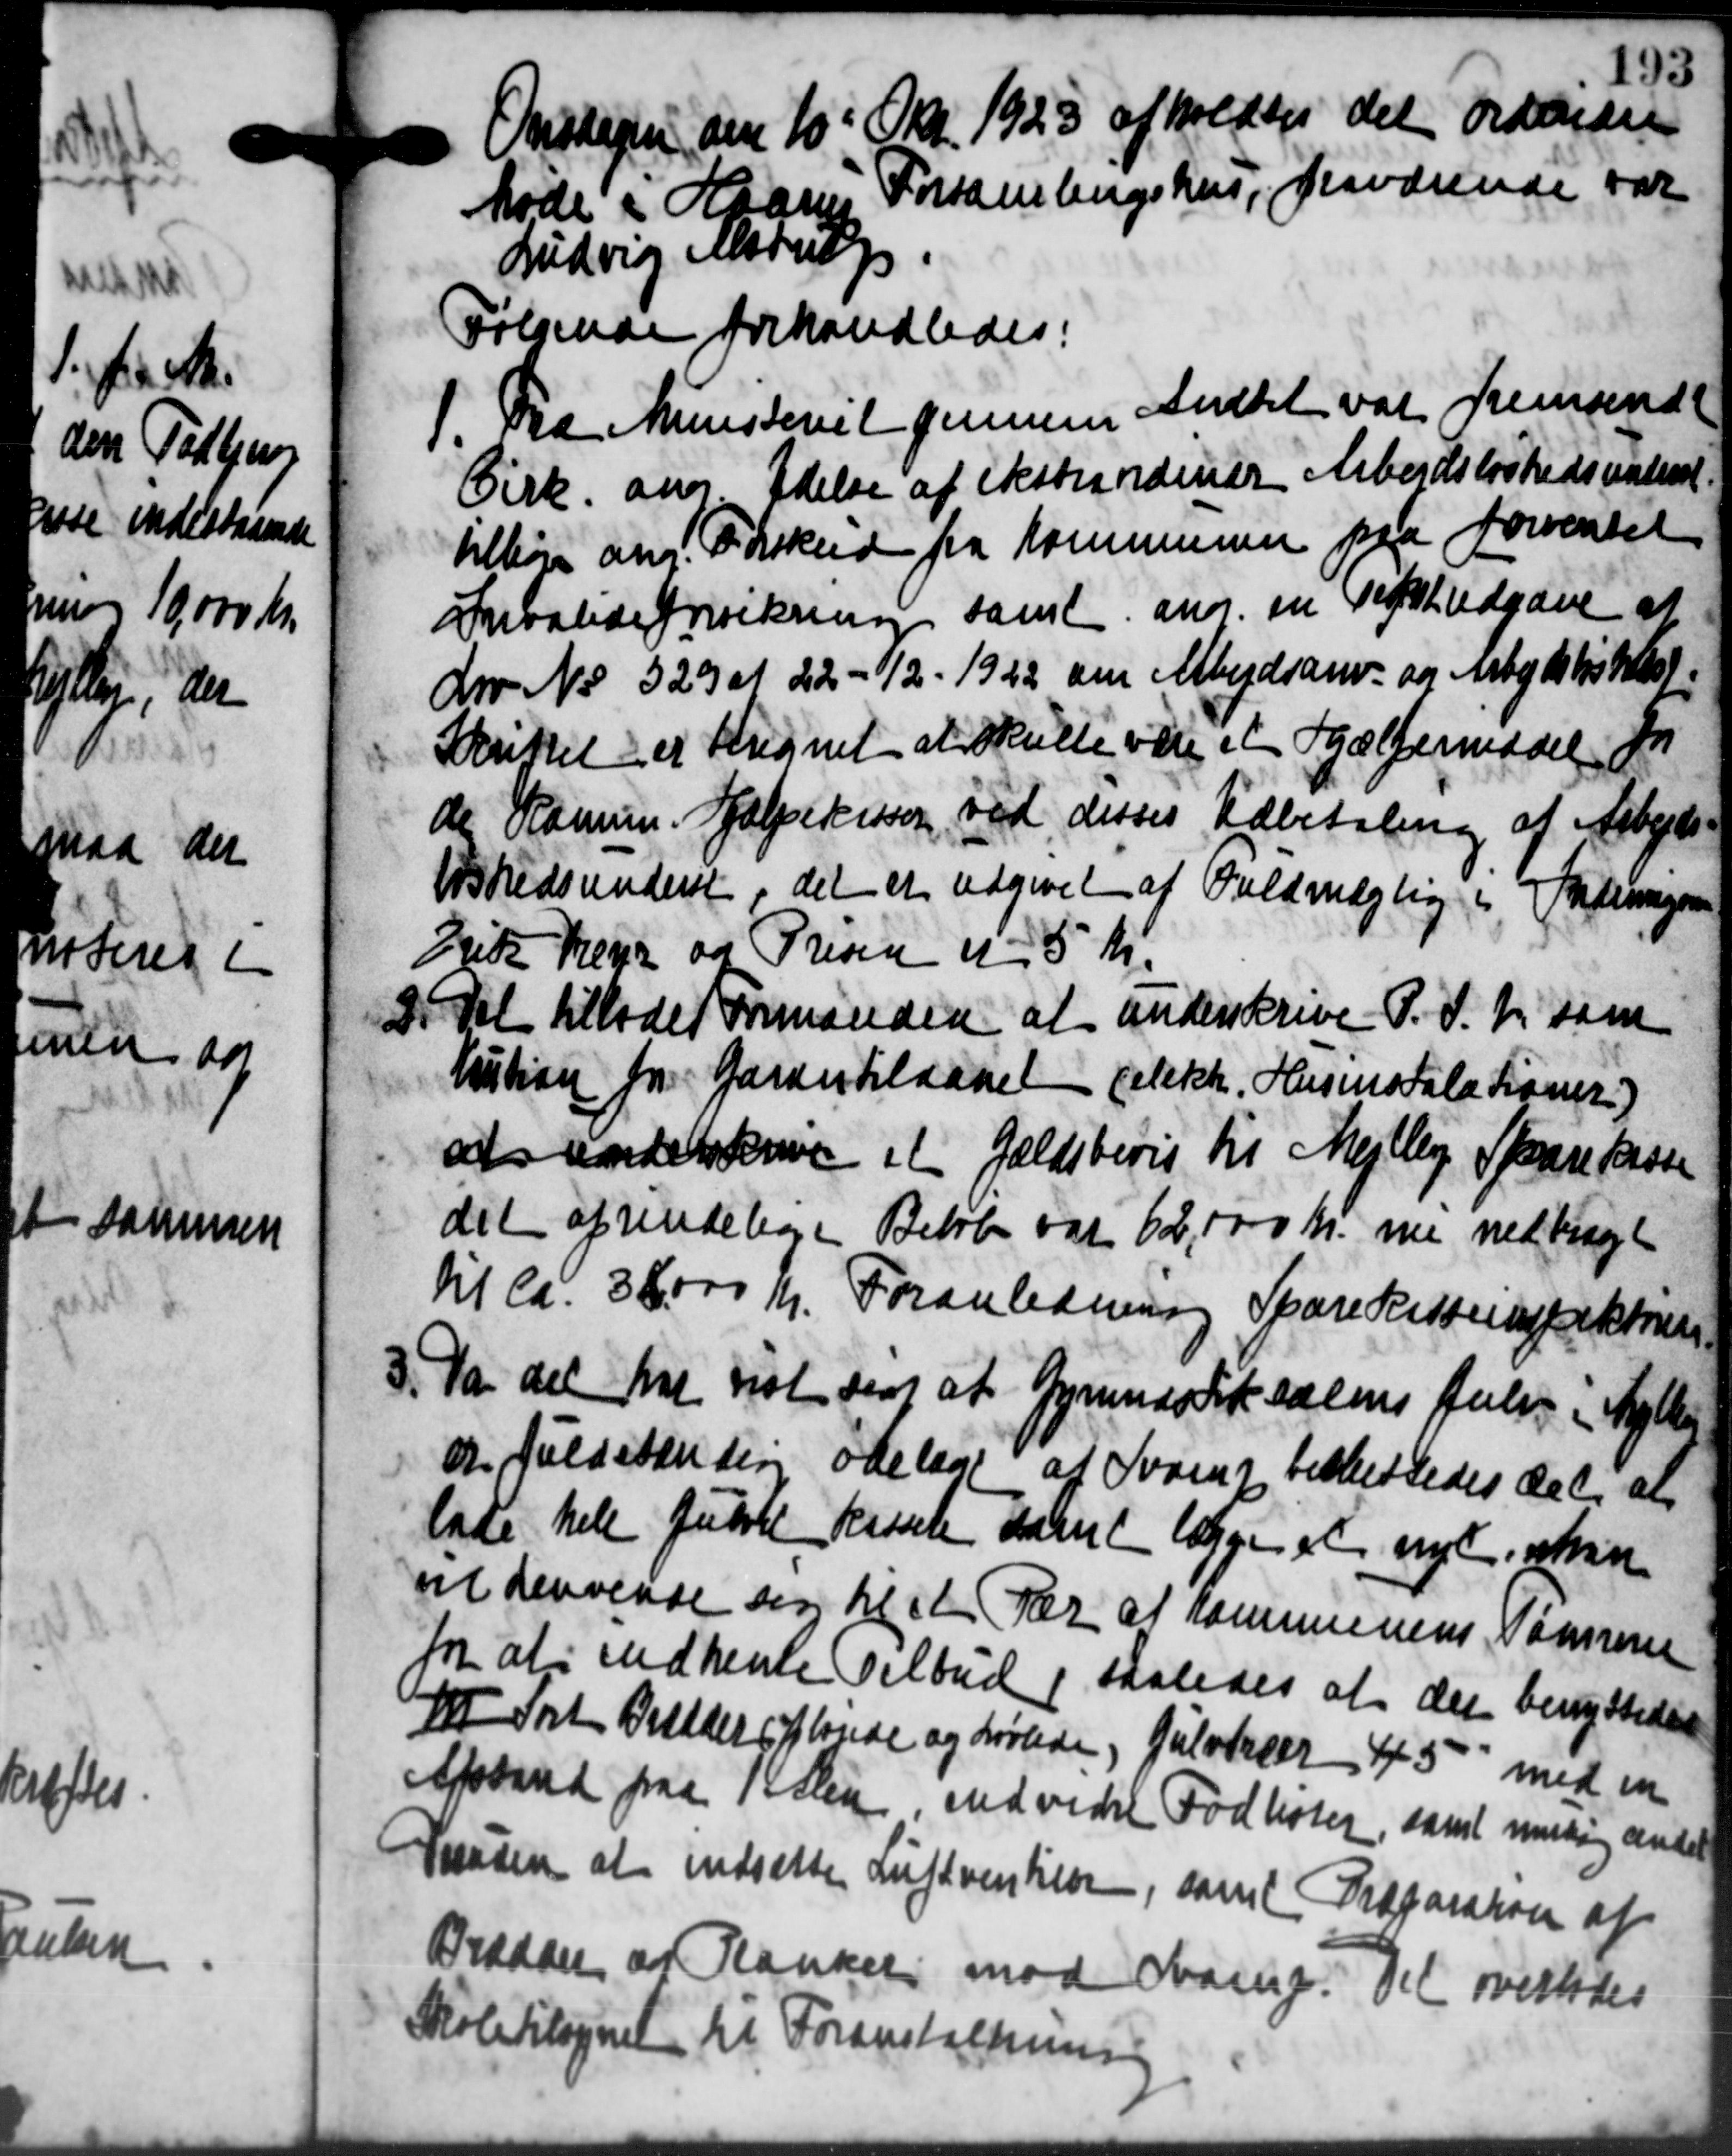
Transskription:
Anle

Onsdagen den 10' Okt. 1923 afholdtes det ordinære
Møde i Haarup Forsamlingshus, fraværende var
Ludvig Alstrup.
Følgende forhandledes:
1. Fra Ministeriet gennem Amtet var fremsendt
1. Fra Ministeriet gennem Amtet var fremsendt
Cirk. ang. Edelse af ekstrandiner Arbejdsløshedsunderst.
tilhøre ang. Tilskud fra Kommunen paa forventet
Invalideforsikring samt ang. en Tekstudgave af
dor No 329 af 22 - 1/2 - 1922 om Arbejdsanv. og Arbejdsløshest.
Skriket et Kregnet at skulle være et Hjælpermødet for
de Komm. Hjælpekassen ved disses Udbetaling af Arbejds-
Udskredsunderst, det er udgivet af Fuldmæglig i Ordningen
Erik Hegn og Prisen af 5 Kr.
2 til tillades Formanden at underskrive P. S. F. sam
2 til tillades Formanden at underskrive P. S. F. sam
lution for Gardenklaanet elekt. Husmotalationer.)
at underskrive et Gældsbevis til Mejlby Sparekasse
det oprendelige Beløb var 62,000 Kr. me nedbragt
til ca. 38000 Kr. Foranledning Sparekasseinspektøren
3. Da det har vist den at Gymnastiksalens Julig Møller
3. Da det har vist den at Gymnastiksalens Julig Møller
og fuldstænding obelagt af Svarup tillettedes det at
lade hele Gudsel Kassele samt lægge et nyt sin
vil henvende sin til et Par af Kommunens Tømrene
for at indhente Tilbud, saaledes at der benyttedes
II Sort Briller af hende og Lørlede og Gulstræer 45 med en
Afstand fraa 1 Alen endvidere Fodkoler, samt meding andet
Snusen at indsætte Luftventlov, samt Præparation af
Braaby og Planker mod Svarup. Det overlodes
Skoletilsynet til Foranstaltninge